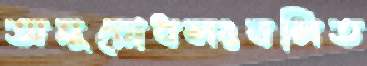
অনুরোধসংবলিত